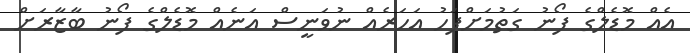
އެއް މޮޑެލްގެ ފޯނު ގަތުމަށްފަހު އަހަރެއް ނުވަނީސް އަނެއް މޮޑެލްގެ ފޯނު ބާޒާރަށް